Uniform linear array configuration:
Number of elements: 12
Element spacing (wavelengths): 0.25
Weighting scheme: cosine
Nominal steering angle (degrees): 45
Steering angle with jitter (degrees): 43.621
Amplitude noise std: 0.05
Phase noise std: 0.05

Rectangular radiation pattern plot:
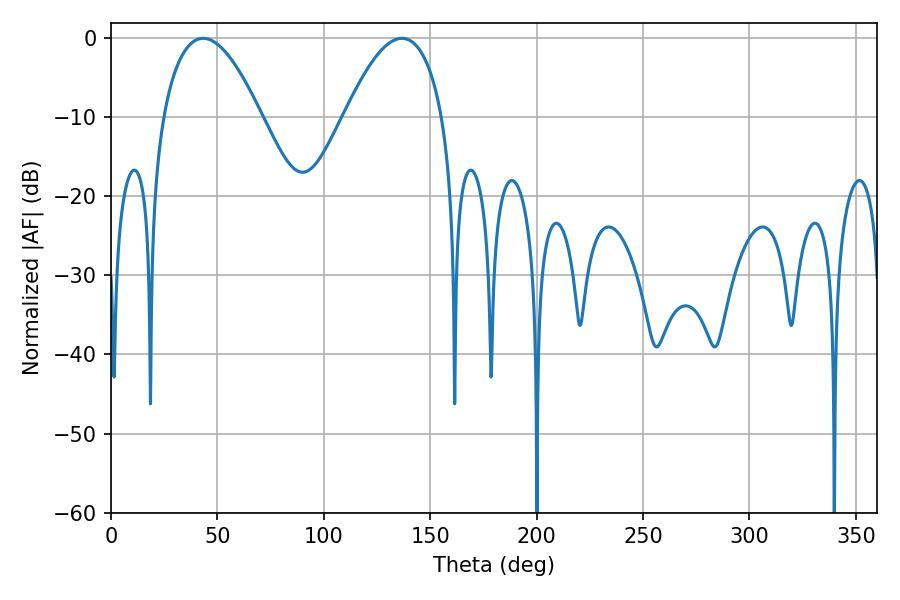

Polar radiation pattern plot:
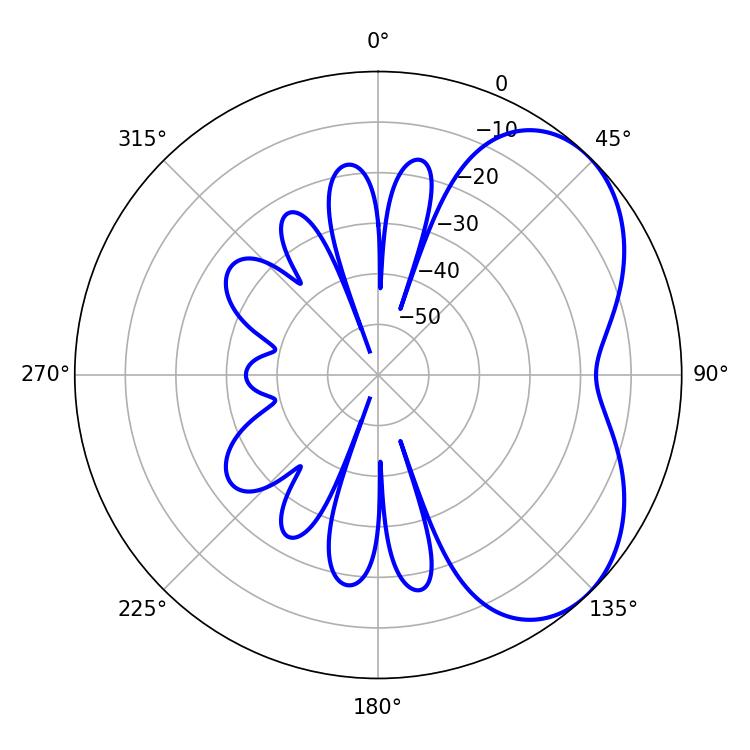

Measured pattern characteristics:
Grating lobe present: FALSE
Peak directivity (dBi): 4.7
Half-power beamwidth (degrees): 25.38
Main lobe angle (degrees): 43.2